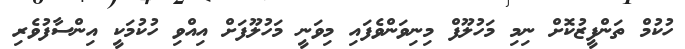
ހުކުމް ތަންފީޒުކޮށް ނިމި މަހުލޫފް މިނިވަންވެފައި މިވަނީ މަހުލޫފަށް އިއްވި ހުކުމަކީ އިންސާފުވެރި